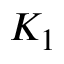
K _ { 1 }